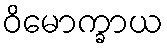
ဝိမောက္ခာယ